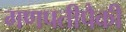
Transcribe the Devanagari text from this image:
गणपतीपैकी